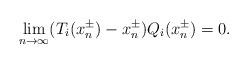
LaTeX: \begin{align*}\lim_{n \to \infty} (T_i(x^\pm_n)-x^\pm_n)Q_i(x^\pm_n) = 0.\end{align*}